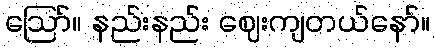
ဪ။ နည်းနည်း ဈေးကျတယ်နော်။